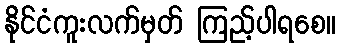
နိုင်ငံကူးလက်မှတ် ကြည့်ပါရစေ။